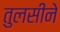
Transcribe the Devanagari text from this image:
तुलसीने